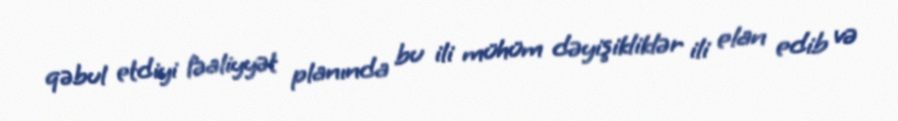
qəbul etdiyi fəaliyyət planında bu ili mühüm dəyişikliklər ili elan edib və